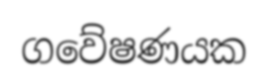
ගවේෂණයක